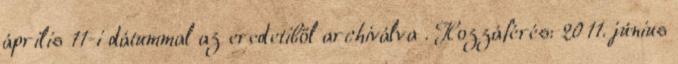
április 11-i dátummal az eredetiből archiválva . Hozzáférés: 2011. június